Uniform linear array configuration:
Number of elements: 16
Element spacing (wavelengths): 0.75
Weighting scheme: hamming
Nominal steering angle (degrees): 45
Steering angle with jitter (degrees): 43.34
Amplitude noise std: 0.05
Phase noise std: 0.05

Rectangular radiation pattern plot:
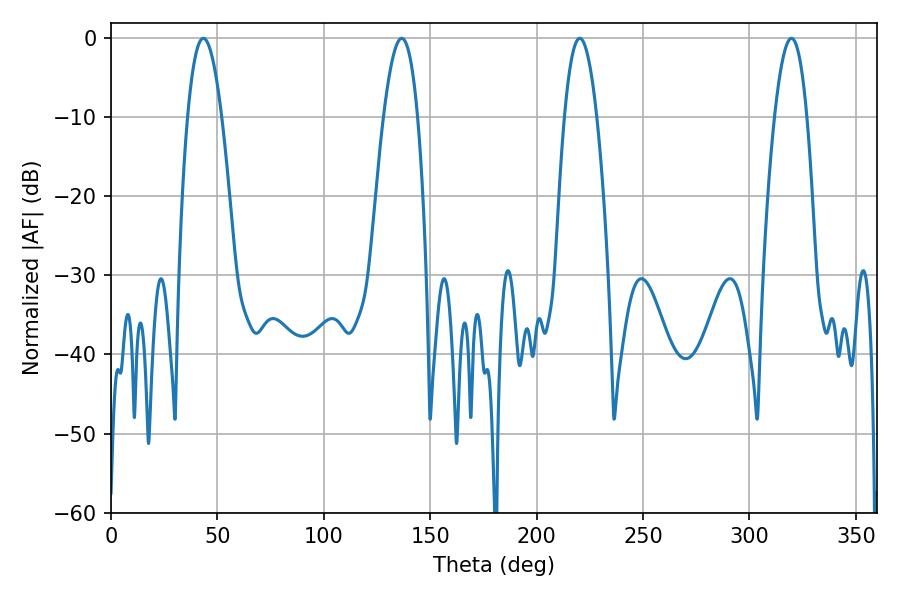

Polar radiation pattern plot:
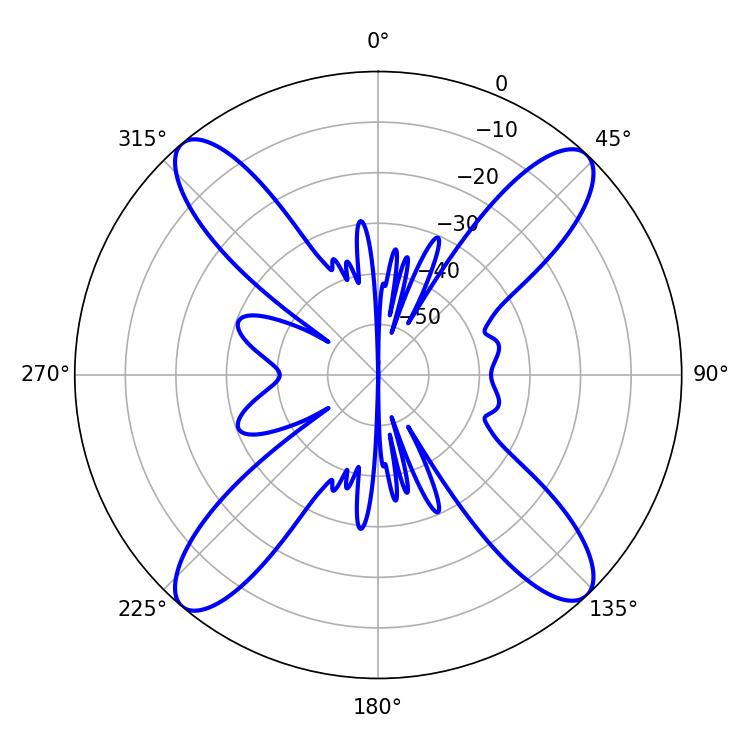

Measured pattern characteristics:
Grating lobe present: TRUE
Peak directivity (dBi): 19.089
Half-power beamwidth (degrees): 8.64
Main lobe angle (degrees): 43.38